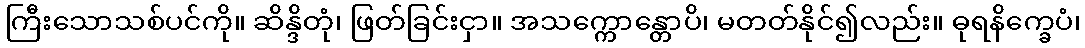
ကြီးသောသစ်ပင်ကို။ ဆိန္ဒိတုံ၊ ဖြတ်ခြင်းငှာ။ အသက္ကောန္တောပိ၊ မတတ်နိုင်၍လည်း။ ဓုရနိက္ခေပံ၊